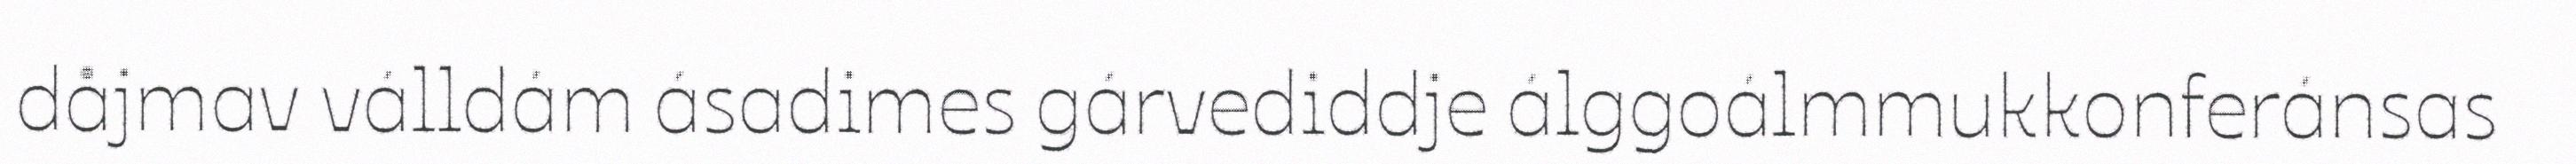
dåjmav válldám ásadimes gárvediddje álggoálmmukkonferánsas